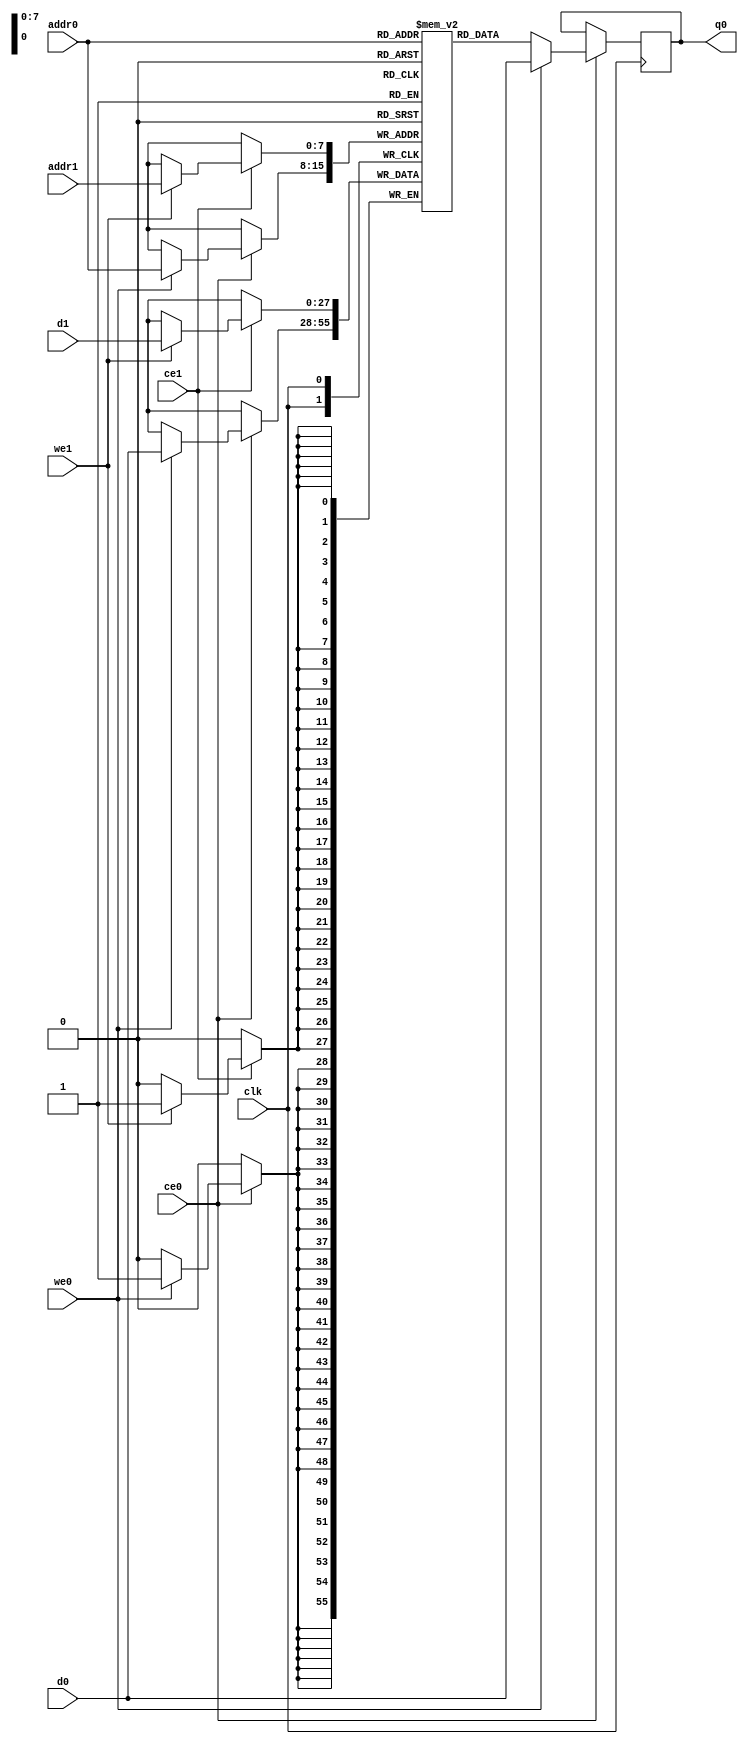
// ==============================================================
// File generated by Vivado(TM) HLS - High-Level Synthesis from C, C++ and SystemC
// Version: 2018.1
// Copyright (C) 1986-2018 Xilinx, Inc. All Rights Reserved.
// 
// ==============================================================

`timescale 1 ns / 1 ps
module reproducao_new_PoeOg_ram (addr0, ce0, d0, we0, q0, addr1, ce1, d1, we1,  clk);

parameter DWIDTH = 28;
parameter AWIDTH = 8;
parameter MEM_SIZE = 200;

input[AWIDTH-1:0] addr0;
input ce0;
input[DWIDTH-1:0] d0;
input we0;
output reg[DWIDTH-1:0] q0;
input[AWIDTH-1:0] addr1;
input ce1;
input[DWIDTH-1:0] d1;
input we1;
input clk;

(* ram_style = "block" *)reg [DWIDTH-1:0] ram[0:MEM_SIZE-1];




always @(posedge clk)  
begin 
    if (ce0) 
    begin
        if (we0) 
        begin 
            ram[addr0] <= d0; 
            q0 <= d0;
        end 
        else 
            q0 <= ram[addr0];
    end
end


always @(posedge clk)  
begin 
    if (ce1) 
    begin
        if (we1) 
        begin 
            ram[addr1] <= d1; 
        end 
    end
end


endmodule


`timescale 1 ns / 1 ps
module reproducao_new_PoeOg(
    reset,
    clk,
    address0,
    ce0,
    we0,
    d0,
    q0,
    address1,
    ce1,
    we1,
    d1);

parameter DataWidth = 32'd28;
parameter AddressRange = 32'd200;
parameter AddressWidth = 32'd8;
input reset;
input clk;
input[AddressWidth - 1:0] address0;
input ce0;
input we0;
input[DataWidth - 1:0] d0;
output[DataWidth - 1:0] q0;
input[AddressWidth - 1:0] address1;
input ce1;
input we1;
input[DataWidth - 1:0] d1;



reproducao_new_PoeOg_ram reproducao_new_PoeOg_ram_U(
    .clk( clk ),
    .addr0( address0 ),
    .ce0( ce0 ),
    .d0( d0 ),
    .we0( we0 ),
    .q0( q0 ),
    .addr1( address1 ),
    .ce1( ce1 ),
    .d1( d1 ),
    .we1( we1 ));

endmodule